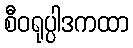
စီဝရုပ္ပါဒကထာ